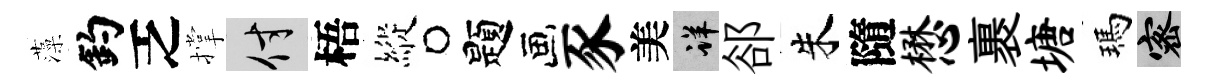
藻釣乏撑付梧縱题豕美详郤朱隨懋裹塘瑪密